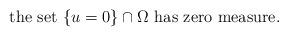
LaTeX: \begin{align*}{\mbox{the set~$\{u=0\}\cap\Omega$ has zero measure.}}\end{align*}